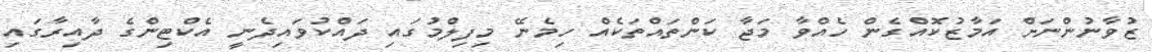
ޒުވާނުންނަށް އަމާޒުކޮއްގެން ހެއްވާ މަޖާ ކަންތައްތަކެއް ހިމެނޭ މިފިލްމުގައި ދައްކުވައިދެނީ އެކްޓިންގެ ދާއިރާގައި